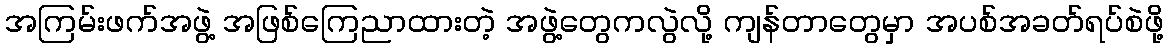
အကြမ်းဖက်အဖွဲ့ အဖြစ်ကြေညာထားတဲ့ အဖွဲ့တွေကလွဲလို့ ကျန်တာတွေမှာ အပစ်အခတ်ရပ်စဲဖို့